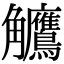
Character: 𬷺